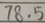
7 8 . 5